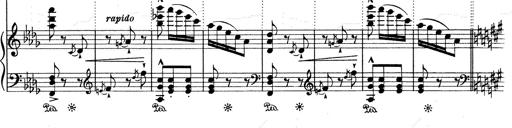
Title: Mephisto Waltz No.1
Composer: Franz Liszt